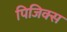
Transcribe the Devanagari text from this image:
पिजिक्स